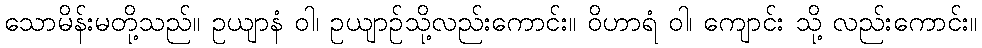
သောမိန်းမတို့သည်။ ဥယျာနံ ဝါ၊ ဥယျာဉ်သို့လည်းကောင်း။ ဝိဟာရံ ဝါ၊ ကျောင်း သို့ လည်းကောင်း။